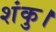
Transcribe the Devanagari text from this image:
शंकु।